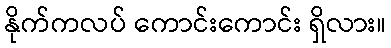
နိုက်ကလပ် ကောင်းကောင်း ရှိလား။